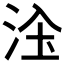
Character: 𱦑